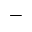
-